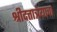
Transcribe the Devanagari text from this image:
श्रीदत्तात्रेयाचा